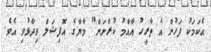
އެކަމަކު ފަހުން އެ ތާރީހު އާއްމު ކުރާނަން" މާޔާގެ އޮފިޝަލް ވިދާޅުވި އެވެ.